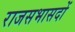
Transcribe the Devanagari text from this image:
राजसभासदों